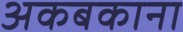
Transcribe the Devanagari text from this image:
अकबकाना